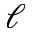
\ell